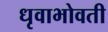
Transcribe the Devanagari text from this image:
धृवाभोवती